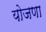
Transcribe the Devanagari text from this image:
योजणा